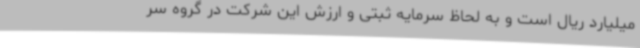
میلیارد ریال است و به لحاظ سرمایه ثبتی و ارزش این شرکت در گروه سر